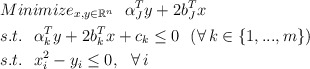
\begin{align*} &Minimize_{x,y\in\mathbb{R}^{n}}\ \ \alpha_J^Ty+2b_J^Tx\\ &s.t.\ \ \alpha_k^Ty+2b_k^Tx+c_k \le 0\ \ (\forall\,k\in\{1,...,m\})\\ &s.t.\ \ x_i^2-y_i \le 0,\ \ \forall\,i \end{align*}